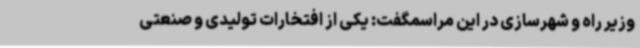
وزیر راه و شهرسازی در این مراسمگفت: یکی از افتخارات تولیدی و صنعتی